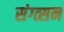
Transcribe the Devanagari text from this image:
संग्त्सन